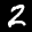
Label: 2